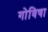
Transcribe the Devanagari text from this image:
गोविषा